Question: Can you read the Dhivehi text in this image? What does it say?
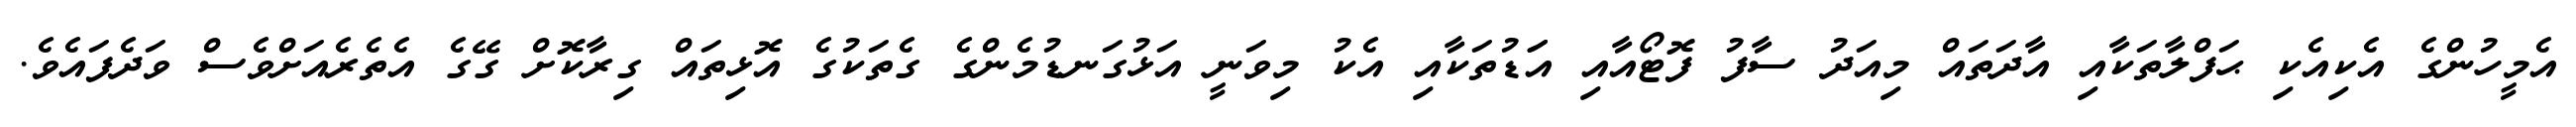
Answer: އެމީހުންގެ އެކިއެކި ޙަފްލާތަކާއި އާދަތައް މިއަދު ސާފު ފޮޓޯއާއި އަަޑުތަކާއި އެކު މިވަނީ އަޅުގަނޑުމެންގެ ގެތަކުގެ އޮޅިތައް ގިރާކޮށް ގޭގެ އެތެރެއަށްވެސް ވަދެފައެވެ.